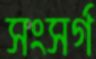
সংসর্গ